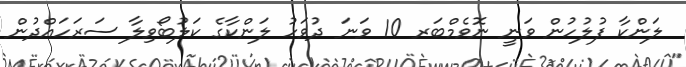
ލަންކާ ފުލުހުން ވަނީ ނޮވެމްބަރ 10 ވަނަ ދުވަހު ލަންކާގެ ކަލުބޯވިލާ ސަރަހައްދުން